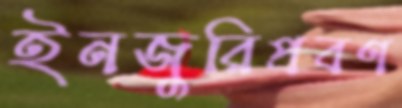
ইনজুরিপ্রবণ